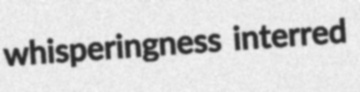
whisperingness interred